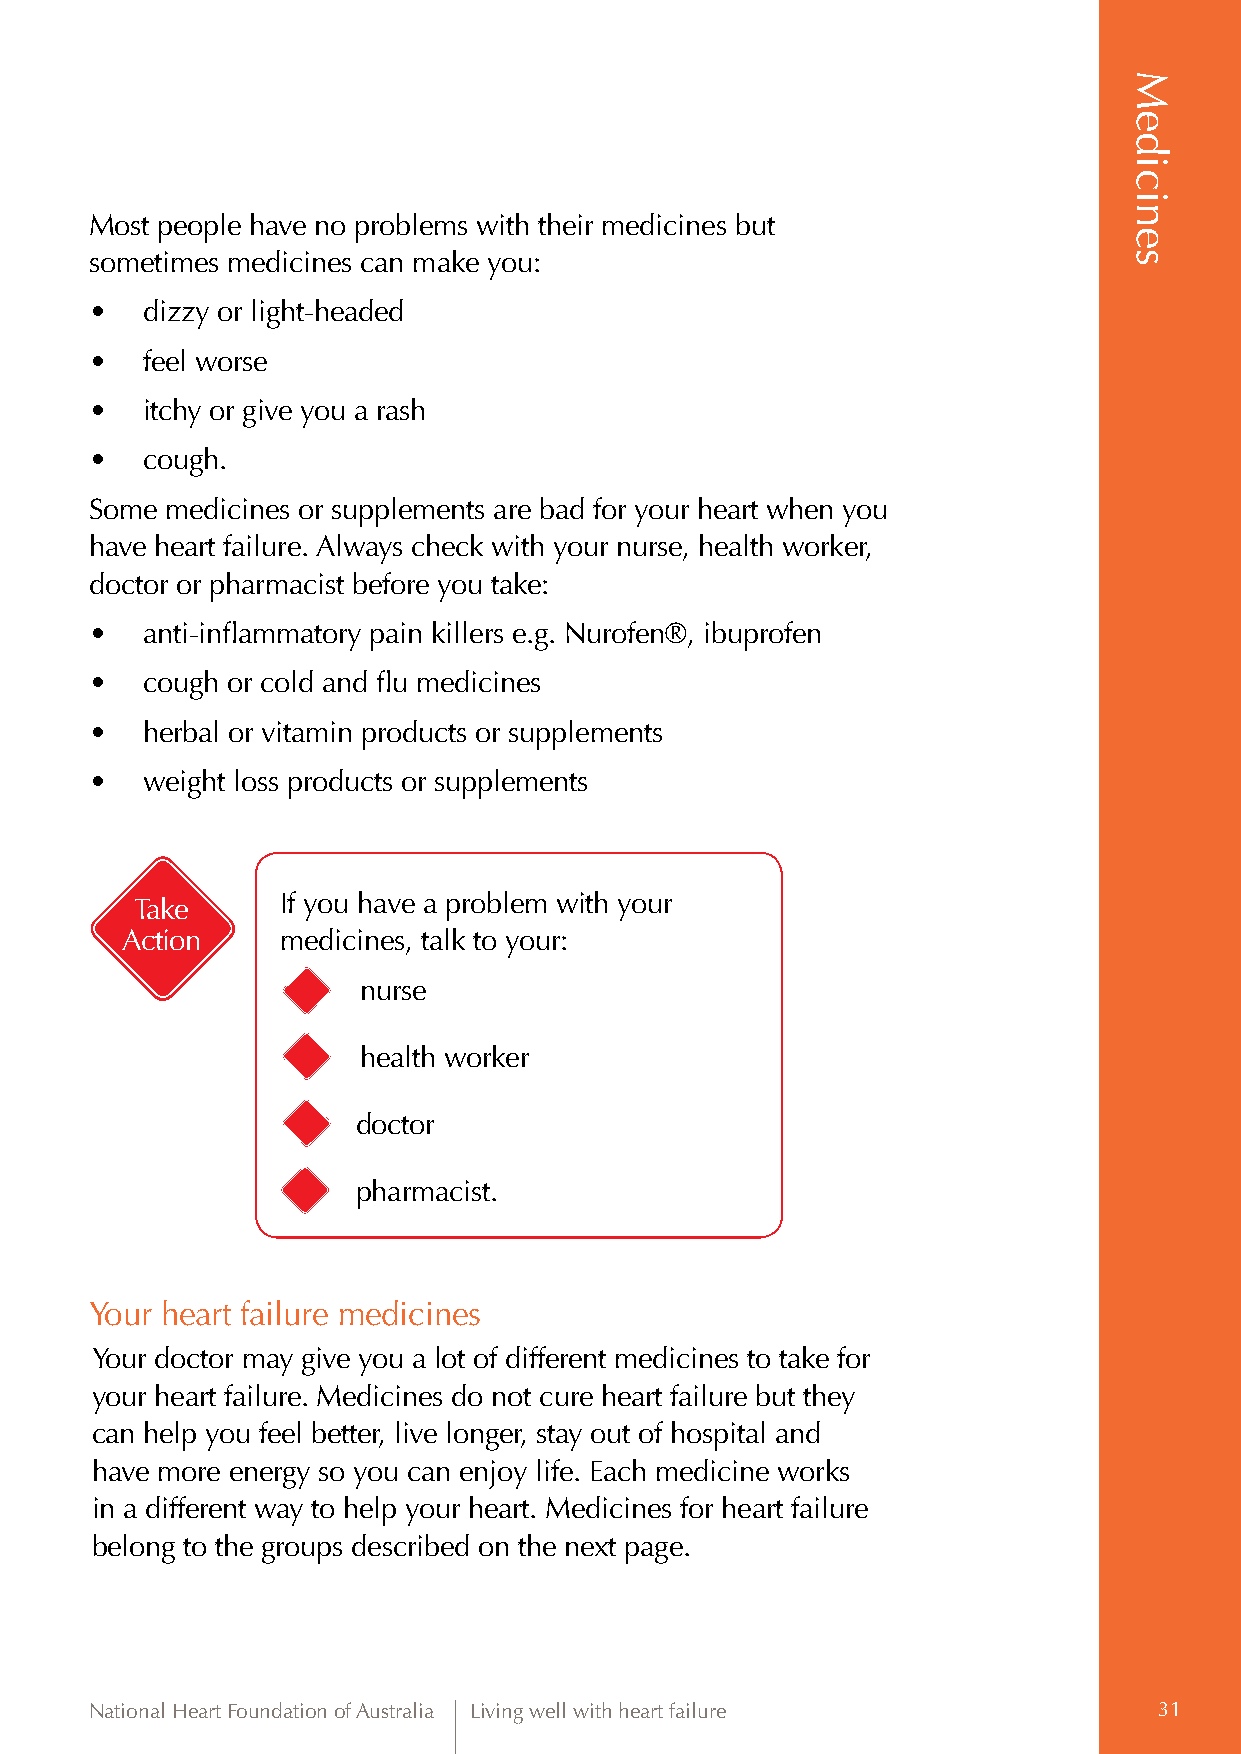
Most people have no problems with their medicines but
 sometimes medicines can make you:
 •  dizzy or light-headed
 •  feel worse
 •  itchy or give you a rash
 •  cough.
 Some medicines or supplements are bad for your heart when you
 have heart failure. Always check with your nurse, health worker,
 doctor or pharmacist before you take:
 •  a nti-inflammatory pain killers e.g. Nurofen®, ibuprofen
 •  cough or cold and flu medicines
 •  herbal or vitamin products or supplements
 •  weight loss products or supplements
 Take      If you have a problem with your
 Action     medicines, talk to your:
 nurse
 health worker
 doctor
 pharmacist.
 Your heart failure medicines
 Your doctor may give you a lot of different medicines to take for
 your heart failure. Medicines do not cure heart failure but they
 can help you feel better, live longer, stay out of hospital and
 have more energy so you can enjoy life. Each medicine works
 in a different way to help your heart. Medicines for heart failure
 belong to the groups described on the next page.
 National Heart Foundation of Australia Living well with heart failure  31
 Medicines